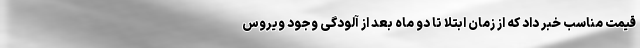
قیمت مناسب خبر داد که از زمان ابتلا تا دو ماه بعد از آلودگی وجود ویروس